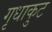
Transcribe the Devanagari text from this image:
गृधाकुट